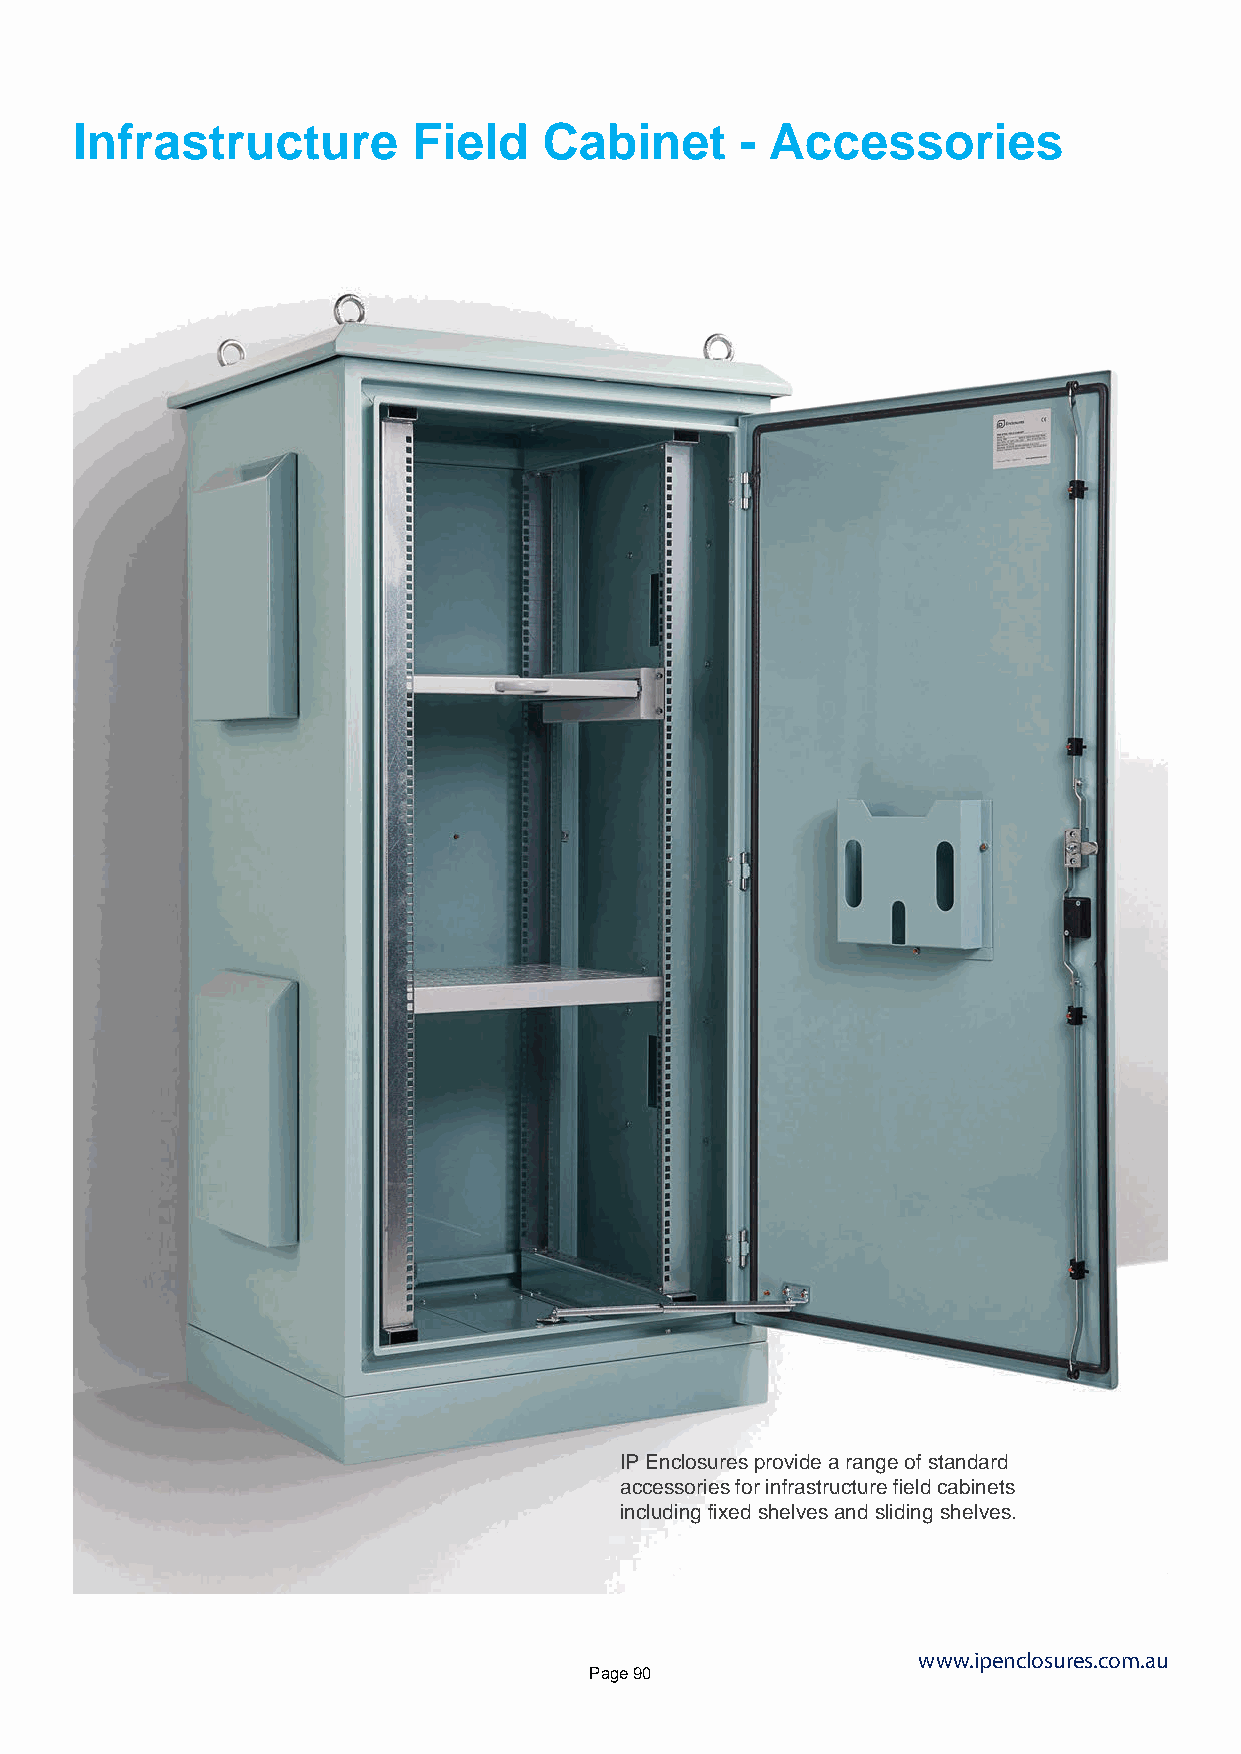
Infrastructure        Field    Cabinet      - Accessories
 IP Enclosures provide a range of standard
 accessories for infrastructure field cabinets
 including fixed shelves and sliding shelves.
 www.ipenclosures.com.au
 Page 90